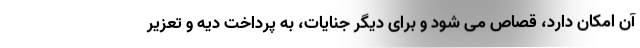
آن امکان دارد، قصاص می شود و برای دیگر جنایات، به پرداخت دیه و تعزیر